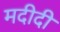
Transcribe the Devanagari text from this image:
मदीदी